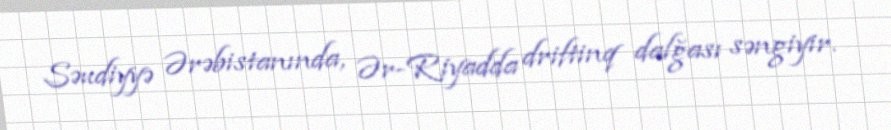
Səudiyyə Ərəbistanında, Ər-Riyadda driftinq dalğası səngiyir.